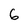
Character: 6